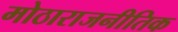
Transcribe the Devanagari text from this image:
मोठाराजनीतिक